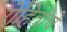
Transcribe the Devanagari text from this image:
रोहितांचे